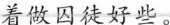
着做囚徒好些。